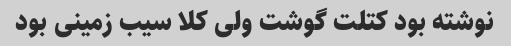
نوشته بود کتلت گوشت ولی کلا سیب زمینی بود